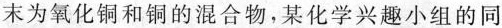
末为氧化铜和铜的混合物，某化学兴趣小组的同